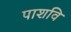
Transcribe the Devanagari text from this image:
पाशवि